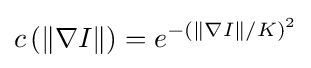
c\left(\|\nabla I\|\right)=e^{-\left(\|\nabla I\|/K\right)^{2}}